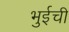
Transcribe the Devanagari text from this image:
भुईची